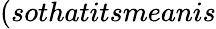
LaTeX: (sothatitsmeanis